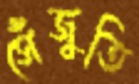
সেঁজুতি